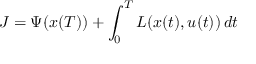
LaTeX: J = \Psi ( x ( T ) ) + \int _ { 0 } ^ { T } L ( x ( t ) , u ( t ) ) \, d t